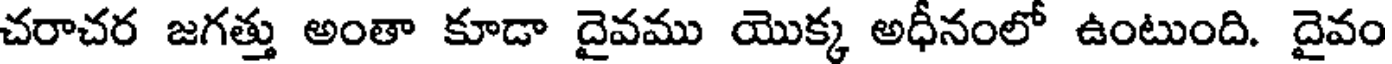
చరాచర జగత్తు అంతా కూడా దైవము యొక్క అధీనంలో ఉంటుంది. దైవం